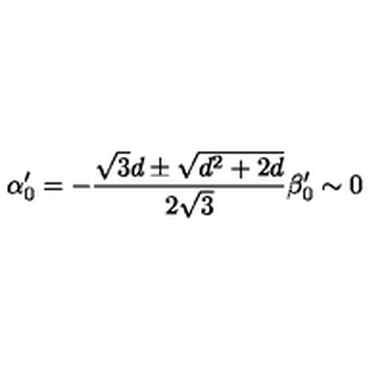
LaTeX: \alpha _ { 0 } ^ { \prime } = - { \frac { \sqrt { 3 } d \pm \sqrt { d ^ { 2 } + 2 d } } { 2 \sqrt { 3 } } } \beta _ { 0 } ^ { \prime } \sim 0